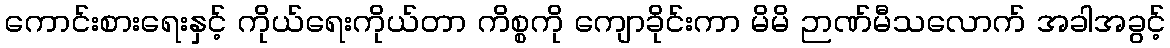
ကောင်းစားရေးနှင့် ကိုယ်ရေးကိုယ်တာ ကိစ္စကို ကျောခိုင်းကာ မိမိ ဉာဏ်မီသလောက် အခါအခွင့်